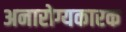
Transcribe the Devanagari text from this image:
अनारोग्यकारक